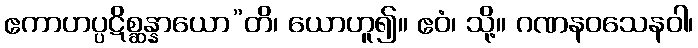
ဧကာဟပ္ပဋိစ္ဆန္နာယော”တိ၊ ယောဟူ၍။ ဧဝံ၊ သို့။ ဂဏနဝသေနဝါ၊